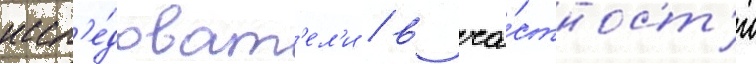
иссл'е́доват'ел'и / в ча́стност'и